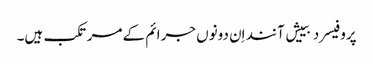
پروفیسر دبییش آنند اِن دونوں جرائم کے مرتکب ہیں۔